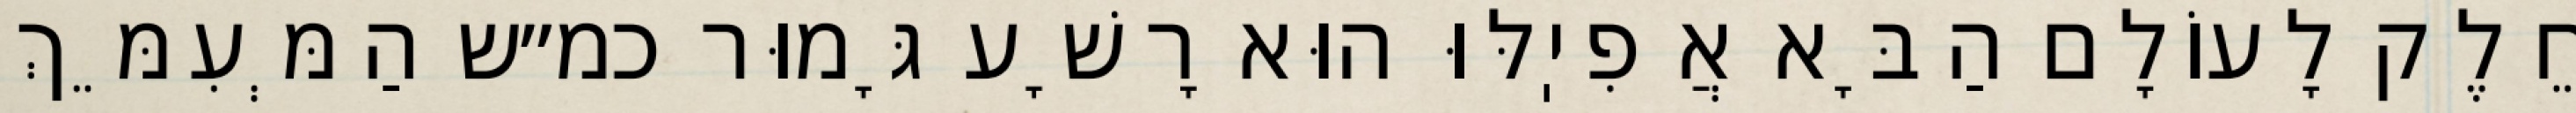
חֵלֶק לָעוֹלָם הַבָּא אֲפִיֽלּוּ הוּא רָשָׁע גָּמוּר כמ״ש הַמְּעִמֵּךְ